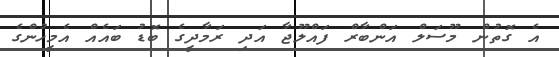
އެ ގޮތުން މޫސަލް އަންބާރް ފައްލޫޖާ އަދި ރަމާދީގެ ބޮޑު ބައެއް އެމީހުންގެ